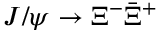
J / \psi \to \Xi ^ { - } \bar { \Xi } ^ { + }